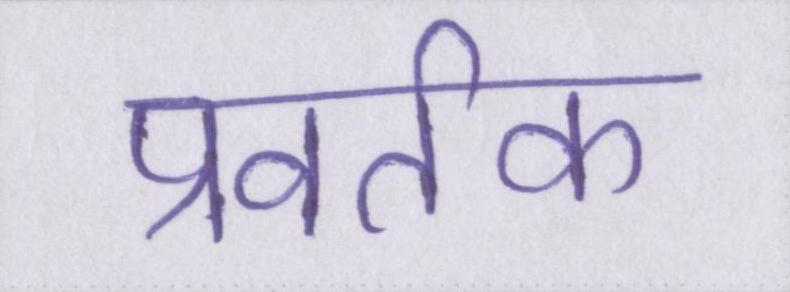
प्रवर्तक